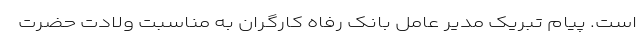
است. پیام تبریک مدیر عامل بانک رفاه کارگران به مناسبت ولادت حضرت